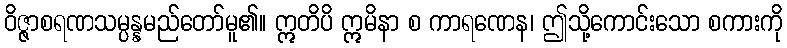
ဝိဇ္ဇာစရဏသမ္ပန္နမည်တော်မူ၏။ ဣတိပိ ဣမိနာ စ ကာရဏေန၊ ဤသို့ကောင်းသော စကားကို